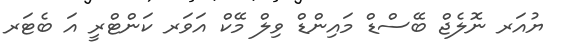
ޔުއަރ ނޮލެޖް ބޭސްޑް މައިންޑް ވިލް މޭކް އަވަރ ކަންޓްރީ އަ ބެޓަރ